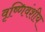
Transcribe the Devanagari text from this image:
वृष्णिवंशीय